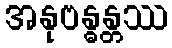
အနုဗန္ဓန္တဿ